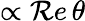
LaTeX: \propto\mathcal{R}e\, \theta